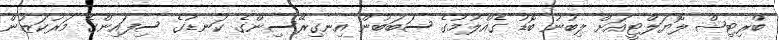
ބްރިޓިޝް ލޮޔަލްޓީއަށް ލިބުނު ބޮޑު ގެއްލުމުގެ ސަބަބުން އިނގިރޭސިންގެ ކަނޑުގެ ސިފައިންގެ މަރުކަޒުން